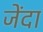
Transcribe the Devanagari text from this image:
जेंदा